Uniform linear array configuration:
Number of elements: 32
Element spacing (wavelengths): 0.5
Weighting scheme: binomial
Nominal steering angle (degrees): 45
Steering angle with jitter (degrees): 43.406
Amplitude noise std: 0.05
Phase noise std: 0.05

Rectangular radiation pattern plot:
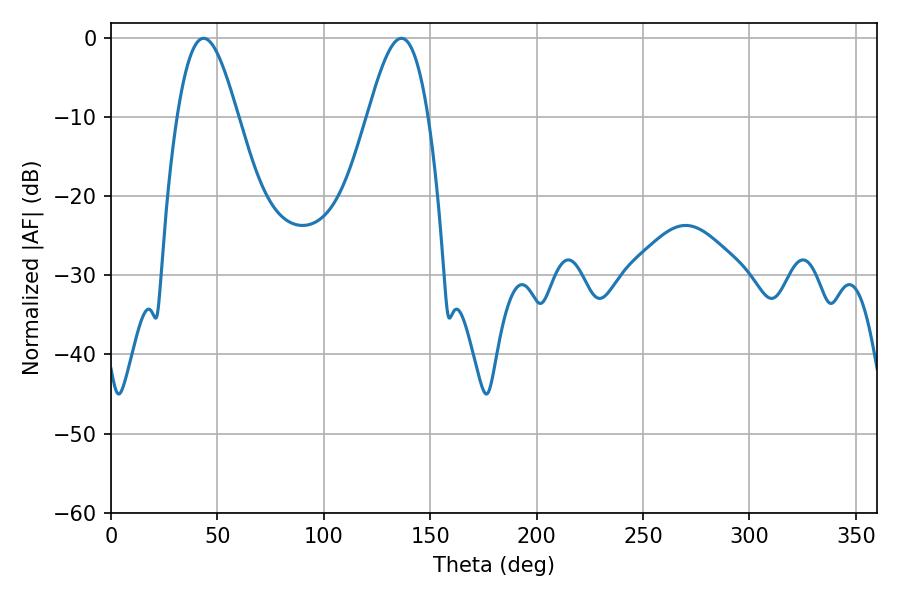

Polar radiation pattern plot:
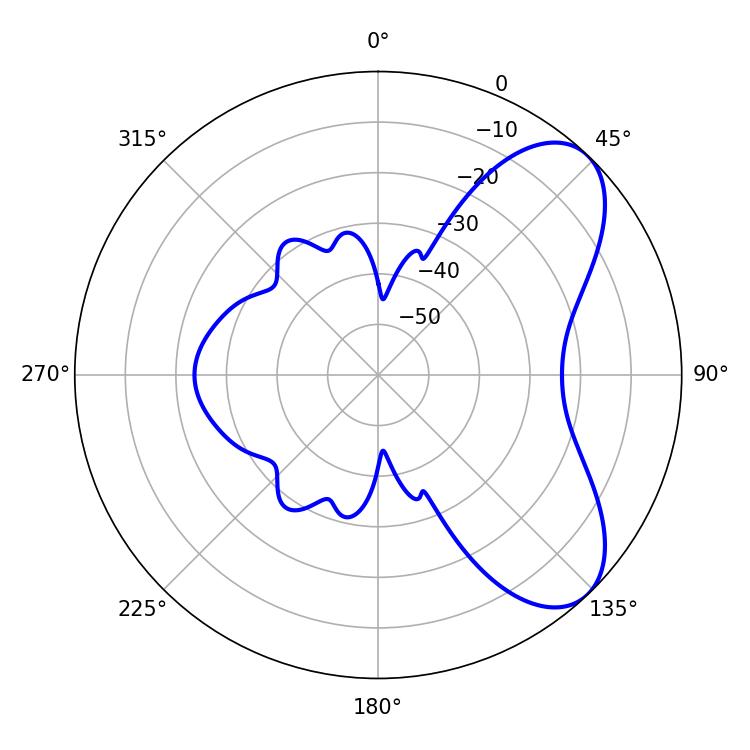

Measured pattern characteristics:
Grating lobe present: FALSE
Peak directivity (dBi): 6.884
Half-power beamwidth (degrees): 15.3
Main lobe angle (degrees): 43.56